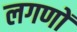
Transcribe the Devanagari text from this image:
लगणों